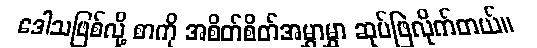
ဒေါသဖြစ်လို့ စာကို အစိတ်စိတ်အမွှာမွှာ ဆုပ်ဖြဲလိုက်တယ်။